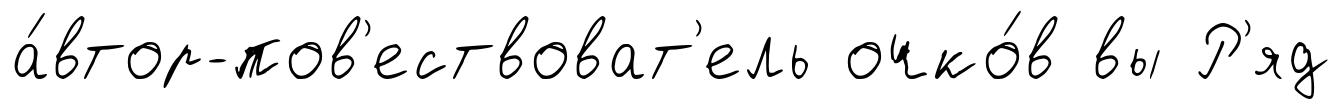
а́втор-пов'ествоват'ель очко́в вы Р'яд